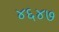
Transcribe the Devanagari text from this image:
४६४७